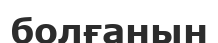
болғанын